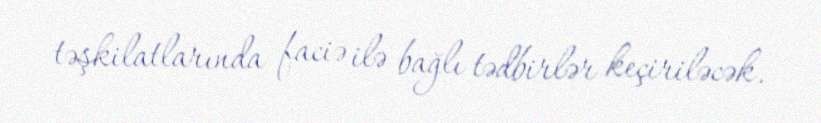
təşkilatlarında faciə ilə bağlı tədbirlər keçiriləcək.